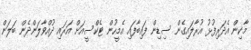
މާކިން އެދަރިފުޅު އުރާލައިގެން ސިޑިން ފައިބާފައި އެމީހުން ޓެކްސީއަށް އަރައި ދުއްވާލަންދެން ބަލަން